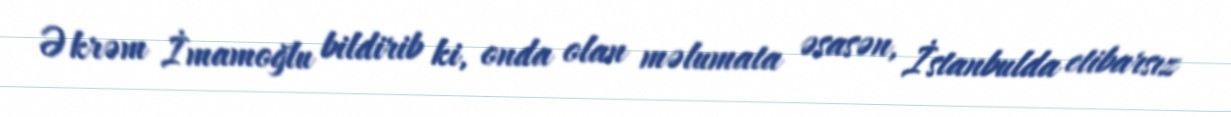
Əkrəm İmamoğlu bildirib ki, onda olan məlumata əsasən, İstanbulda etibarsız